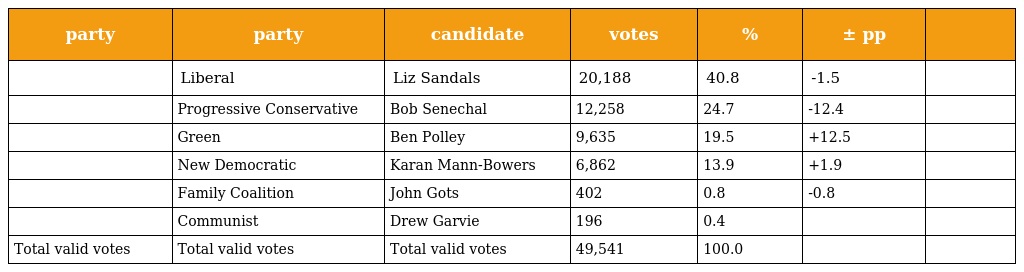
| party | party | candidate | votes | % | ± pp |  |
 | --- | --- | --- | --- | --- | --- | --- |
 |  | Liberal | Liz Sandals | 20,188 | 40.8 | -1.5 |  |
 |  | Progressive Conservative | Bob Senechal | 12,258 | 24.7 | -12.4 |  |
 |  | Green | Ben Polley | 9,635 | 19.5 | +12.5 |  |
 |  | New Democratic | Karan Mann-Bowers | 6,862 | 13.9 | +1.9 |  |
 |  | Family Coalition | John Gots | 402 | 0.8 | -0.8 |  |
 |  | Communist | Drew Garvie | 196 | 0.4 |  |  |
 | Total valid votes | Total valid votes | Total valid votes | 49,541 | 100.0 |  |  |